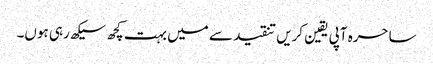
ساحرہ آپی یقین کریں تنقید سے میں بہت کچھ سیکھ رہی ہوں۔